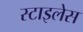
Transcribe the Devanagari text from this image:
स्टाइलेस